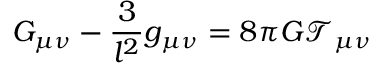
G _ { \mu \nu } - \frac 3 { l ^ { 2 } } g _ { \mu \nu } = 8 \pi G \mathcal { T } _ { \mu \nu }